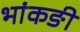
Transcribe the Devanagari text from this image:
भांकङी